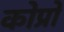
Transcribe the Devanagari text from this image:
कोप्रो